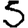
Digit: 5